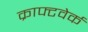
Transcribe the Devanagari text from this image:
क्राफ्टवेर्क